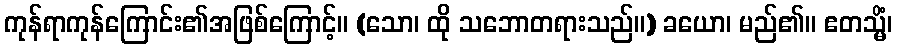
ကုန်ရာကုန်ကြောင်း၏အဖြစ်ကြောင့်။ (သော၊ ထို သဘောတရားသည်။) ခယော၊ မည်၏။ ဧတသ္မိံ၊